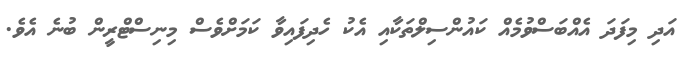
އަދި މިފަދަ އެއްބަސްވުމެއް ކައުންސިލްތަކާއި އެކު ހެދިފައިވާ ކަމަށްވެސް މިނިސްޓްރީން ބުނެ އެވެ.